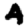
Digit: 4